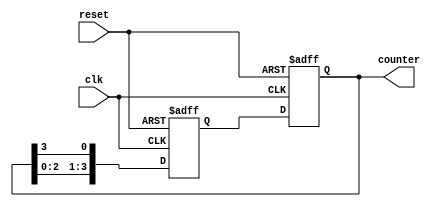
module johnson_counter(
    input wire clk,
    input wire reset,
    output reg [3:0] counter
);

reg [3:0] next_state;

always @(posedge clk or posedge reset) begin
    if (reset) begin
        counter <= 4'b0000;
    end else begin
        counter <= next_state;
    end
end

always @(posedge clk or posedge reset) begin
    if (reset) begin
        next_state <= 4'b0001;
    end else begin
        next_state <= {counter[2:0], counter[3]};
    end
end

endmodule